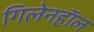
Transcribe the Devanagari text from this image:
गिलेनहाॅल